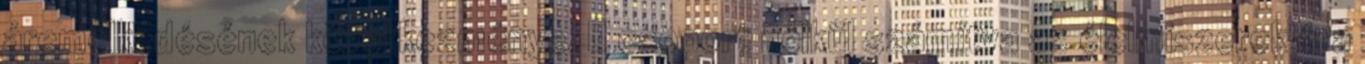
áremelkedésének következménye. E csoport nélkül számítva az élelmiszerek ára